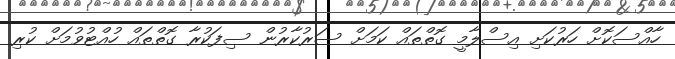
ހާއްސަކޮށް ހަރުކަށި އިސްލާމީ ގޮތްތައް ކަމަށް ސަރުކާރުން ސިފަކުރާ ގޮތްތައް ހުއްޓުވުމަށް ކުރި